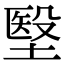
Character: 㙠